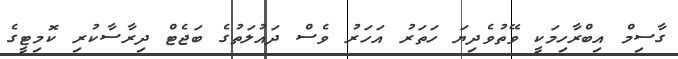
ގާސިމް އިބްރާހިމަކީ ވޭތުވެދިޔަ ހަތަރު އަހަރު ވެސް ދައުލަތުގެ ބަޖެޓް ދިރާސާކުރި ކޮމިޓީގެ